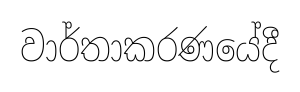
වාර්තාකරණයේදී